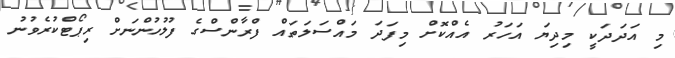
މި އަދަދަކީ މިދިޔަ އަހަރު އެއްކޮށް މިފަދަ މައްސަލަތައް ފްރާންސްގެ ފުލުހުންނަށް ރިޕޯޓްކުރެވުނު